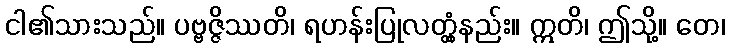
ငါ၏သားသည်။ ပဗ္ဗဇ္ဇိဿတိ၊ ရဟန်းပြုလတ္တံ့နည်း။ ဣတိ၊ ဤသို့။ တေ၊